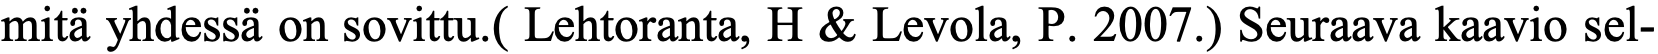
mitä yhdessä on sovittu.( Lehtoranta, H & Levola, P. 2007.) Seuraava kaavio sel-